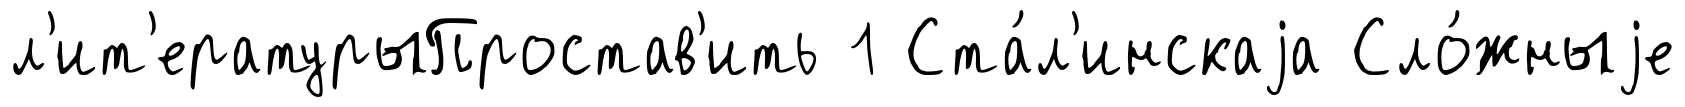
л'ит'ературыПростав'ить 1 Ста́л'инскаjа Сло́жныjе